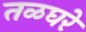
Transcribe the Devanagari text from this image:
तळघरे